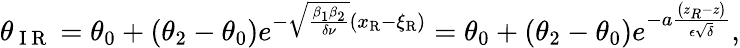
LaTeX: \theta_{\mathrm{~I~R~}}=\theta_{0}+\left(\theta_{2}-\theta_{0}\right)e^{-\sqrt{\frac{\beta_{1}\beta_{2}}{\delta\nu}}\left(x_{\mathrm{{R}}}-\xi_{\mathrm{{R}}}\right)}=\theta_{0}+\left(\theta_{2}-\theta_{0}\right)e^{-a\frac{\left(z_{R}-z\right)}{\epsilon\sqrt{\delta}}},